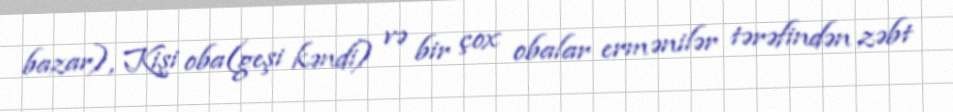
bazar), Kişi oba(geşi kəndi) və bir çox obalar ermənilər tərəfindən zəbt